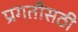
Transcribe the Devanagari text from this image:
प्रगतीसठी